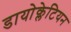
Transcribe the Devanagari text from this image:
डायोक्लेटियन